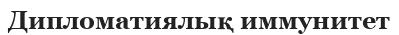
Дипломатиялық иммунитет